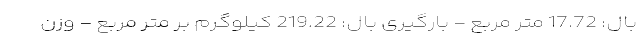
بال: 17.72 متر مربع - بارگیری بال: 219.22 کیلوگرم بر متر مربع - وزن